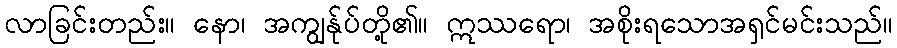
လာခြင်းတည်း။ နော၊ အကျွန်ုပ်တို့၏။ ဣဿရော၊ အစိုးရသောအရှင်မင်းသည်။